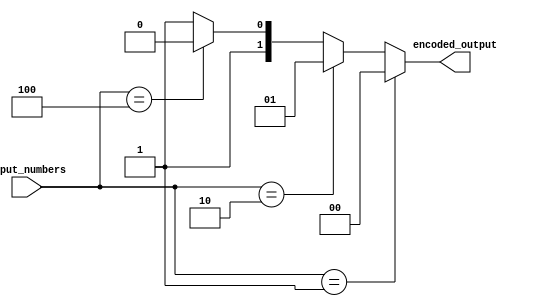
module PriorityEncoder(
    input [3:0] input_numbers,
    output reg [1:0] encoded_output
);

always @(*) begin
    if(input_numbers == 4'b0001)
        encoded_output = 2'b00;
    else if(input_numbers == 4'b0010)
        encoded_output = 2'b01;
    else if(input_numbers == 4'b0100)
        encoded_output = 2'b10;
    else
        encoded_output = 2'b11;
end

endmodule